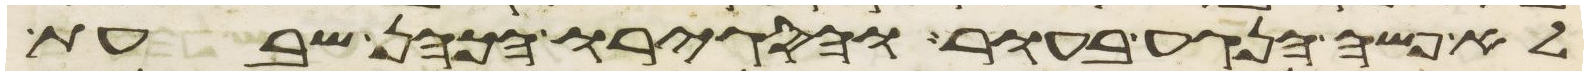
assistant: לא פשה הנגע בעור והסגירו הכהן שבעת